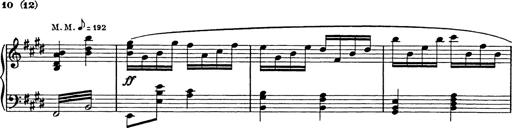
Title: 8 Variations
Composer: Franz Liszt
Key: A-flat major